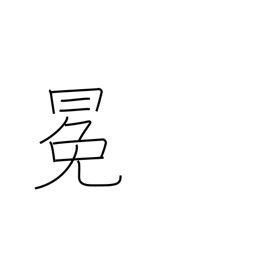
Meaning: crown